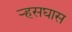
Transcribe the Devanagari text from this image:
र्‍हसघास